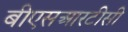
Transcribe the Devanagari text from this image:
बीएसआरटीसी